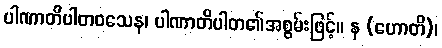
ပါဏာတိပါတဝသေန၊ ပါဏာတိပါတ၏အစွမ်းဖြင့်။ န (ဟောတိ)၊